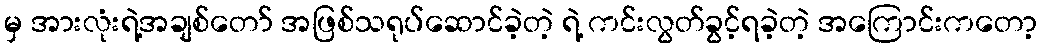
မှ အားလုံးရဲ့အချစ်တော် အဖြစ်သရုပ်ဆောင်ခဲ့တဲ့ ရဲ့ ကင်းလွတ်ခွင့်ရခဲ့တဲ့ အကြောင်းကတော့